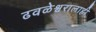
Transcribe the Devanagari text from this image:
ढवळेश्वरालाही